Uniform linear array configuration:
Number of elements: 32
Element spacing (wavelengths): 1
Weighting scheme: hann
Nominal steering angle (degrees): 30
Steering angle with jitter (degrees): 28.976
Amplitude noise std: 0.05
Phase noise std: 0.05

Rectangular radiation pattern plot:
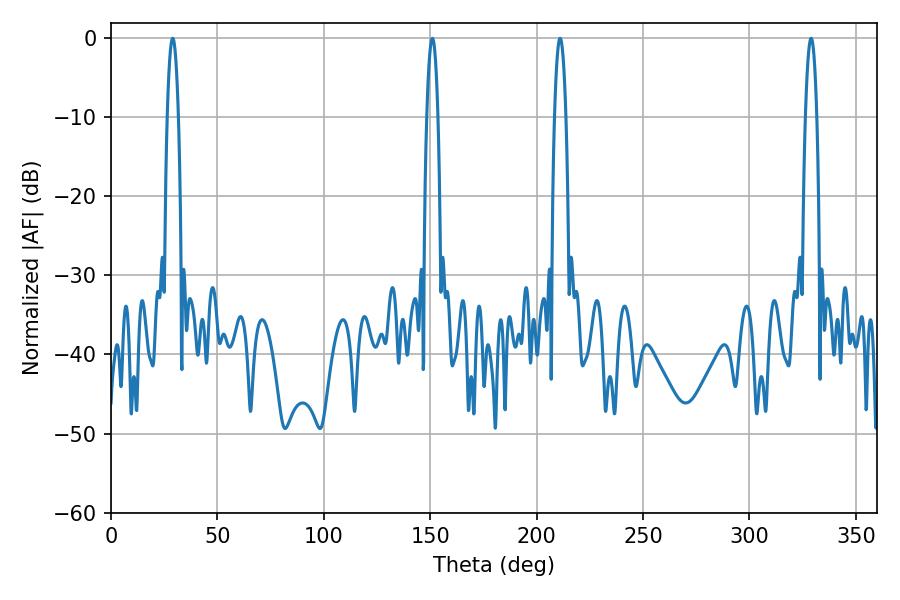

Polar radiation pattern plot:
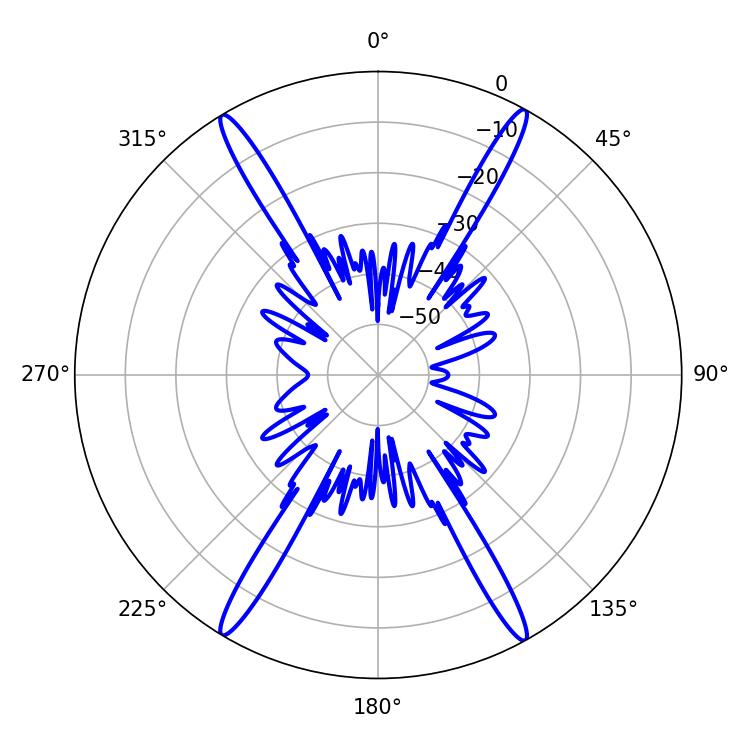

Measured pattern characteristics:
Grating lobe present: TRUE
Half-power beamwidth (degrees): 2.88
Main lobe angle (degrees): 28.98